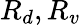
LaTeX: R_{d},R_{v}